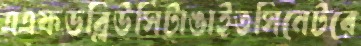
এএফডব্লিউসিটাঙাইতসিনেটরে